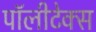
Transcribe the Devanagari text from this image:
पॉलीटेक्स